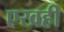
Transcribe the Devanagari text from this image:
एखही